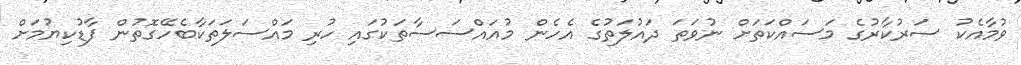
ވުމާއެކު ސަރުކާރުގެ މަސައްކަތަށް ނުވަތަ ދައުލަތުގެ އެހެން މުއައްސަސާތަކުގައި ހުރި މައްސަލަތަކާބެހޭގޮތުން ފާޑުކިޔުމަށް